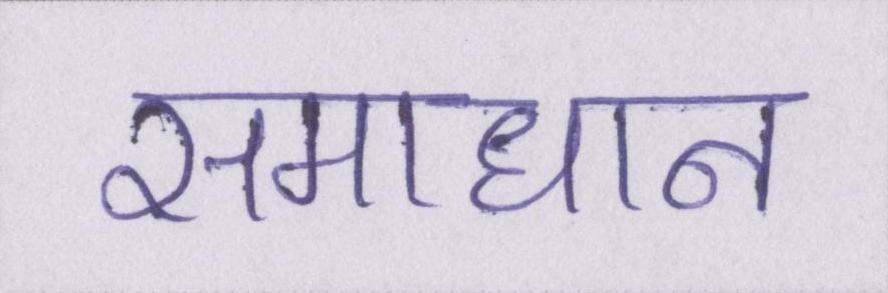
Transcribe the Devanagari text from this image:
समाधान